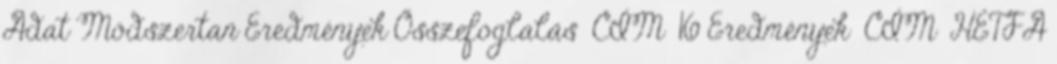
Adat Módszertan Eredmények Összefoglalás CÍM 16 Eredmények CÍM HÉTFA